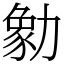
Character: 勨